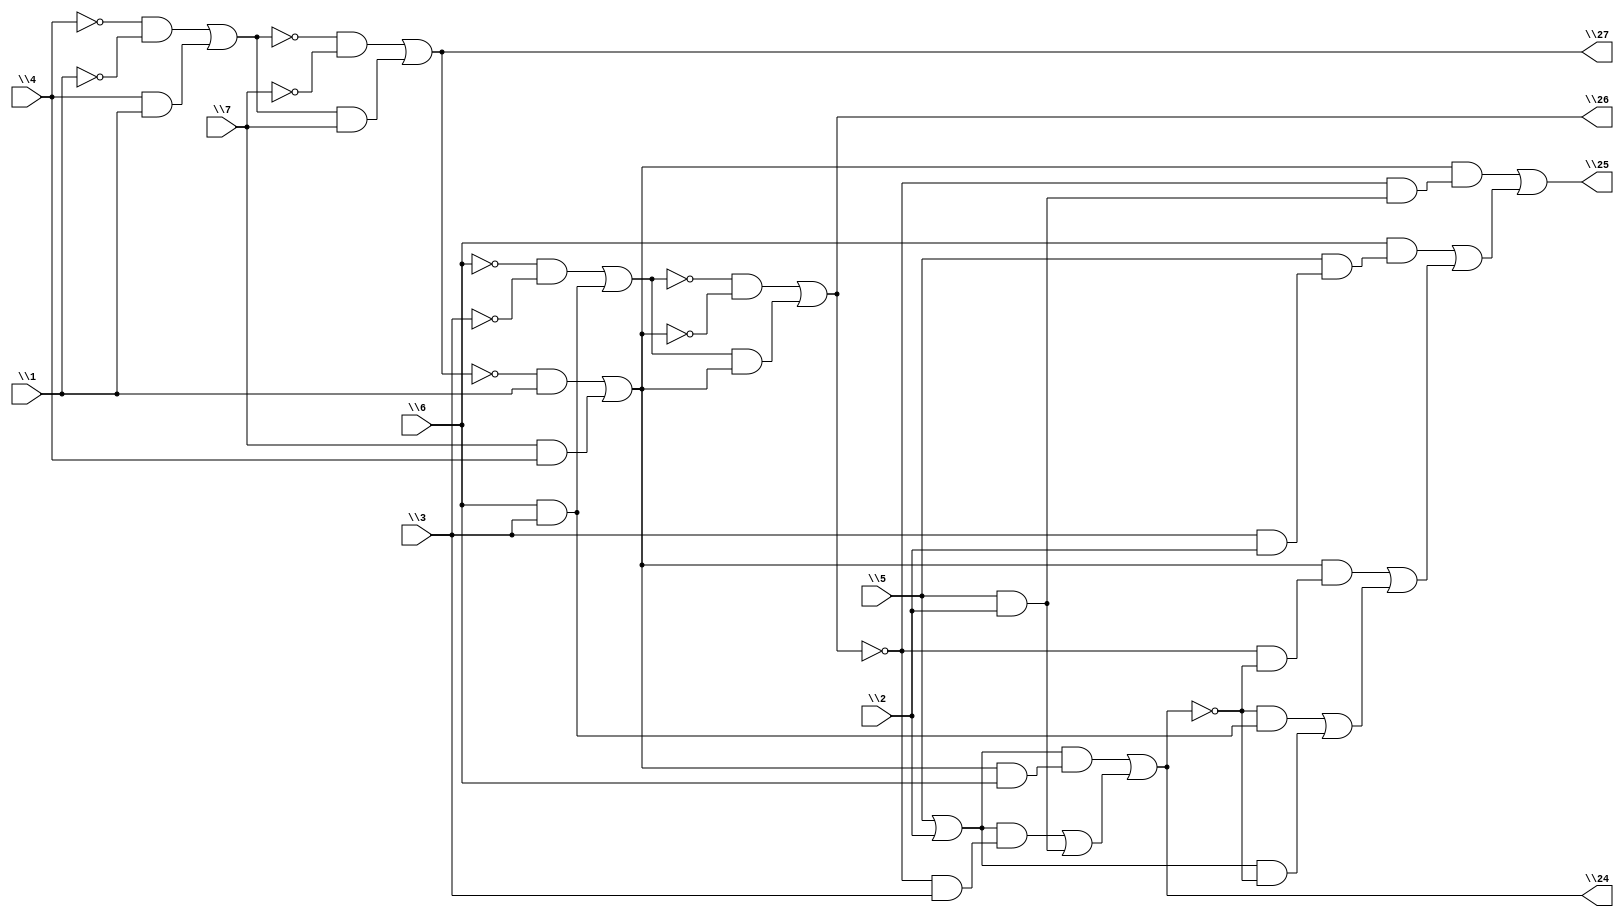
// IWLS benchmark module "z4ml" printed on Wed May 29 16:25:53 2002
module z4ml(\1 , \2 , \3 , \4 , \5 , \6 , \7 , \24 , \25 , \26 , \27 );
input
  \1 ,
  \2 ,
  \3 ,
  \4 ,
  \5 ,
  \6 ,
  \7 ;
output
  \24 ,
  \25 ,
  \26 ,
  \27 ;
wire
  \[2] ,
  \[12] ,
  \[3] ,
  \[8] ,
  \[4] ,
  \[9] ,
  \[10] ,
  \[1] ;
assign
  \[2]  = (\[8]  & (~\[3]  & (\5  & \2 ))) | ((\6  & (\5  & (\3  & \2 ))) | ((\[8]  & (~\[3]  & ~\[1] )) | ((~\[1]  & (\6  & \3 )) | (\[10]  & ~\[1] )))),
  \[12]  = (~\4  & ~\1 ) | (\4  & \1 ),
  \[3]  = (~\[9]  & ~\[8] ) | (\[9]  & \[8] ),
  \[8]  = (~\[4]  & \1 ) | (\7  & \4 ),
  \[4]  = (~\[12]  & ~\7 ) | (\[12]  & \7 ),
  \[9]  = (~\6  & ~\3 ) | (\6  & \3 ),
  \24  = \[1] ,
  \25  = \[2] ,
  \26  = \[3] ,
  \27  = \[4] ,
  \[10]  = \5  | \2 ,
  \[1]  = (\[10]  & (\[8]  & \6 )) | ((\[10]  & (~\[3]  & \3 )) | (\5  & \2 ));
endmodule